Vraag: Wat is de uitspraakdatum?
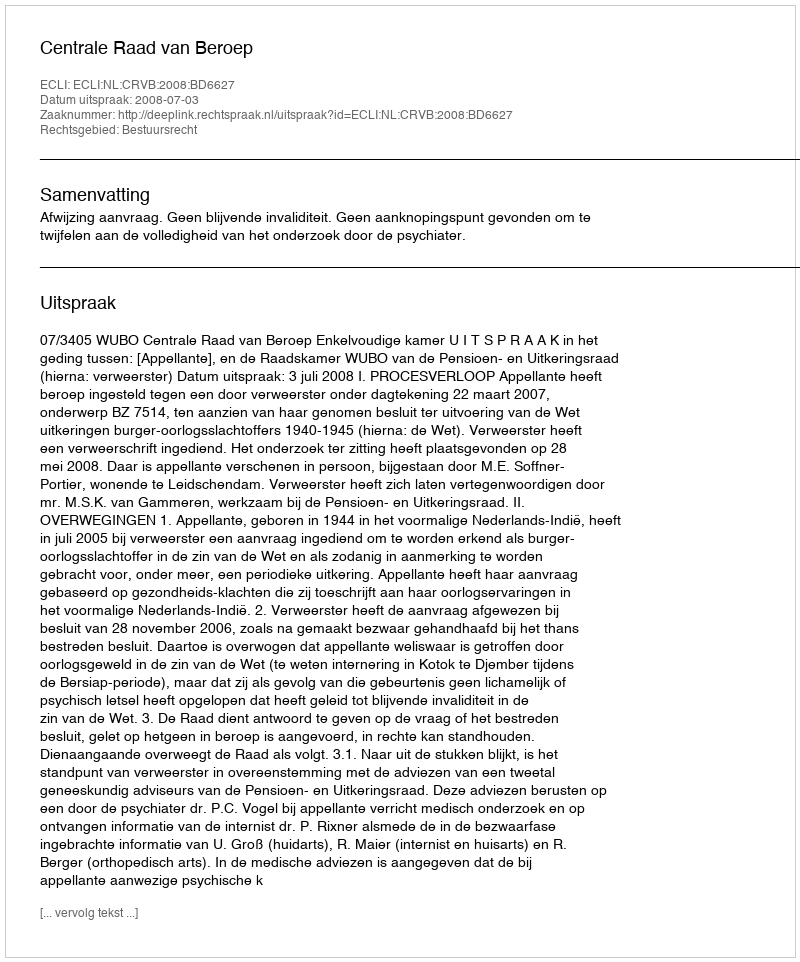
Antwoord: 2008-07-03